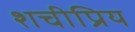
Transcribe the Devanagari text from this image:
शचीप्रिय